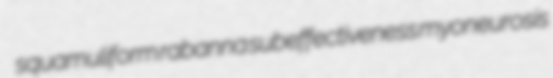
squamuliform rabanna subeffectiveness myoneurosis